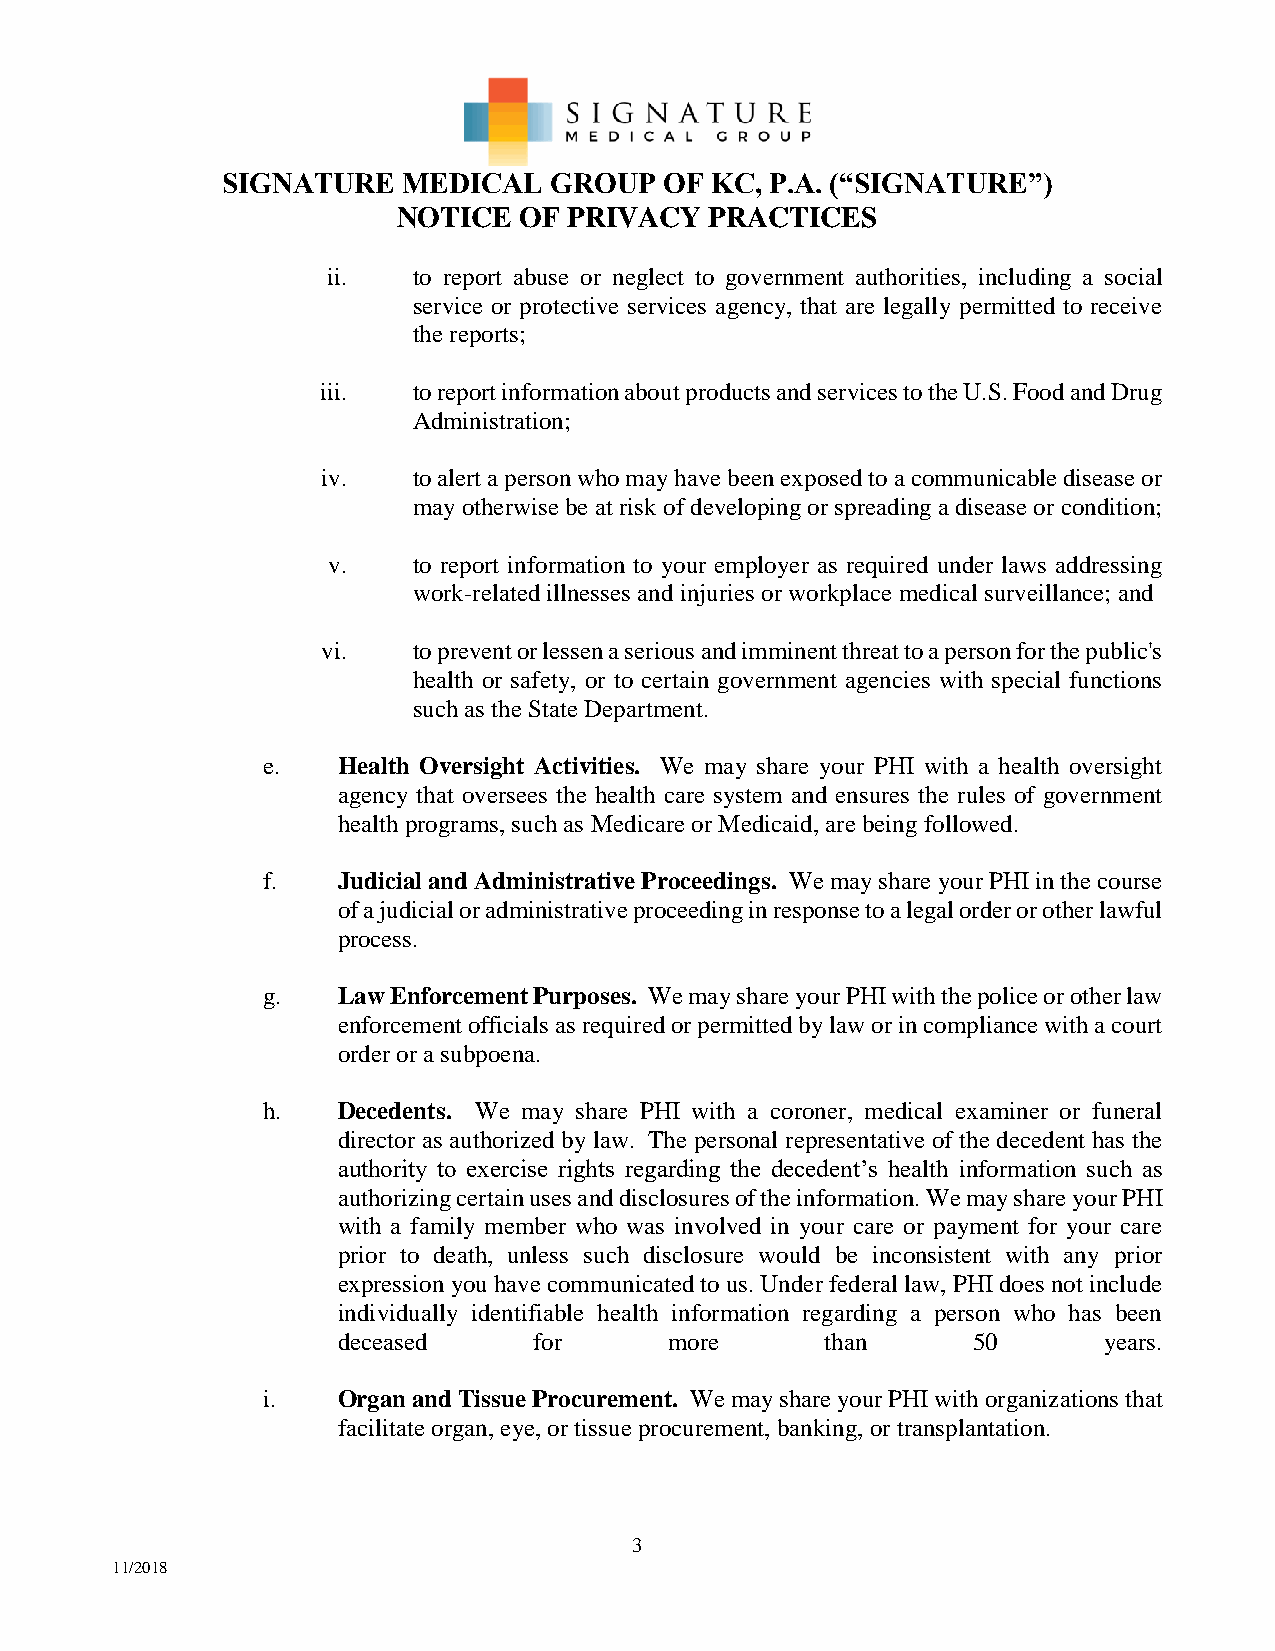
SIGNATURE   MEDICAL  GROUP   OF KC, P.A. (“SIGNATURE”)
 NOTICE  OF  PRIVACY  PRACTICES
 ii.  to report abuse or neglect to government authorities, including a social
 service or protective services agency, that are legally permitted to receive
 the reports;
 iii.  to report information about products and services to the U.S. Food and Drug
 Administration;
 iv.   to alert a person who may have been exposed to a communicable disease or
 may otherwise be at risk of developing or spreading a disease or condition;
 v.   to report information to your employer as required under laws addressing
 work-related illnesses and injuries or workplace medical surveillance; and
 vi.   to prevent or lessen a serious and imminent threat to a person for the public's
 health or safety, or to certain government agencies with special functions
 such as the State Department.
 e.   Health Oversight Activities. We may share your PHI with a health oversight
 agency that oversees the health care system and ensures the rules of government
 health programs, such as Medicare or Medicaid, are being followed.
 f.   Judicial and Administrative Proceedings. We may share your PHI in the course
 of a judicial or administrative proceeding in response to a legal order or other lawful
 process.
 g.   Law Enforcement Purposes. We may share your PHI with the police or other law
 enforcement officials as required or permitted by law or in compliance with a court
 order or a subpoena.
 h.   Decedents. We may share PHI with a coroner, medical examiner or funeral
 director as authorized by law. The personal representative of the decedent has the
 authority to exercise rights regarding the decedent’s health information such as
 authorizing certain uses and disclosures of the information. We may share your PHI
 with a family member who was involved in your care or payment for your care
 prior to death, unless such disclosure would be inconsistent with any prior
 expression you have communicated to us. Under federal law, PHI does not include
 individually identifiable health information regarding a person who has been
 deceased     for      more       than     50       years.
 i.   Organ and Tissue Procurement. We may share your PHI with organizations that
 facilitate organ, eye, or tissue procurement, banking, or transplantation.
 3
 11/2018